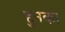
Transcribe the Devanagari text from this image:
हुनका